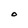
Character: O